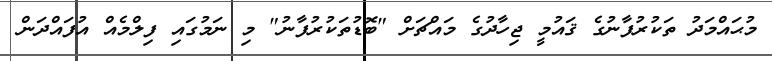
މުޙައްމަދު ތަކުރުފާނުގެ ޤައުމީ ޖިހާދުގެ މައްޗަށް "ބޮޑުތަކުރުފާނު" މި ނަމުގައި ފިލްމެއް އުފައްދަން